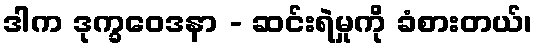
ဒါက ဒုက္ခဝေဒနာ - ဆင်းရဲမှုကို ခံစားတယ်၊